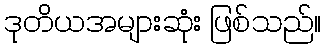
ဒုတိယအများဆုံး ဖြစ်သည်။